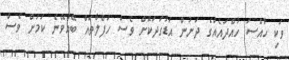
ވަކި ހާއްސަ ހުއްދައެއްގެ ދަށުން އަޑުގަދަކޮށް ވެސް ހަފްލާތައް ބޭއްވޭނެ ކަމަށް ވެސް